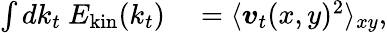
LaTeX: \begin{array}{rl}{\int dk_{t}\ E_{\mathrm{kin}}(k_{t})}&{{}=\langle\boldsymbol{v}_{t}(x,y)^{2}\rangle_{xy},}\end{array}